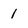
Character: 1